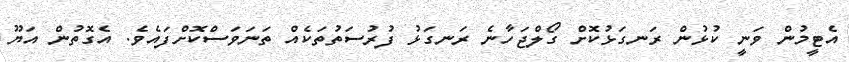
އެޓީމުން ވަނީ ކުޅުން ރަނގަޅުކޮށް ގޯލްޖަހާނެ ރަނގަޅު ފުރުސަތުތަކެއް ތަނަވަސްކޮށްފައެވެ. އެގޮތުން އަޔޫ